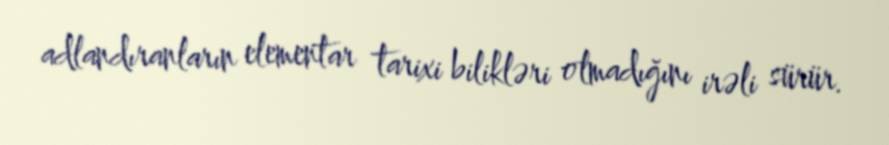
adlandıranların elementar tarixi bilikləri olmadığını irəli sürür.